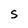
Character: s